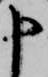
申